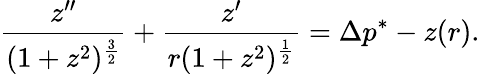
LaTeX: {\frac{z^{\prime\prime}}{(1+z^{2})^{\frac{3}{2}}}}+{\frac{z^{\prime}}{r(1+z^{2})^{\frac{1}{2}}}}=\Delta p^{*}-z(r).